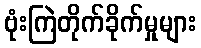
ဗုံးကြဲတိုက်ခိုက်မှုများ